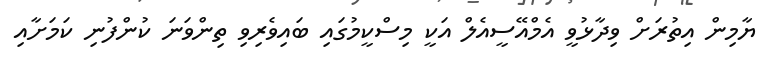
ޔާމިން އިތުރަށް ވިދާޅުވީ އެމްއޭސީއެލް އަކީ މިސްކީމުގައި ބައިވެރިވި ތިންވަނަ ކުންފުނި ކަމަށާއި